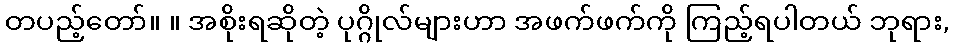
တပည့်တော်။ ။ အစိုးရဆိုတဲ့ ပုဂ္ဂိုလ်များဟာ အဖက်ဖက်ကို ကြည့်ရပါတယ် ဘုရား,